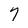
Character: 7